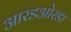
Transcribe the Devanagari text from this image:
आरडओरडा